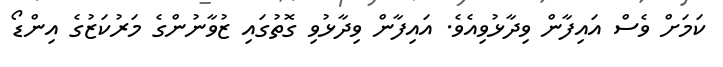
ކަމަށް ވެސް އައިފާން ވިދާޅުވިއެވެ. އައިފާން ވިދާޅުވި ގޮތުގައި ޒުވާނުންގެ މަރުކަޒުގެ އިންޑޯ